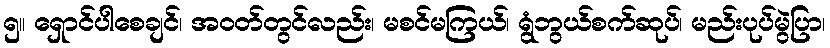
၅။ ရှောင်ပါစေချင်၊ အဝတ်တွင်လည်း၊ မစင်မကြယ်၊ ရွံဘွယ်စက်ဆုပ်၊ မည်းပုပ်မွဲပြာ၊